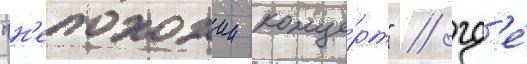
"н'епохожии конце́рт" / гд'е́